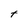
Character: t